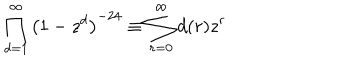
LaTeX: \prod _ { d = 1 } ^ { \infty } \left( 1 - z ^ { d } \right) ^ { - 2 4 } \equiv \sum _ { r = 0 } ^ { \infty } d ( r ) z ^ { r }